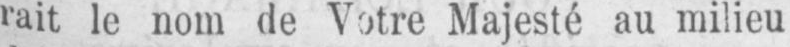
rait le nom de Votre Majesté au milieu